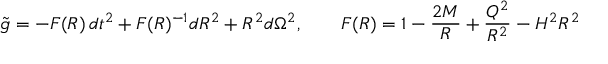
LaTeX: \tilde { g } = - { \cal F } ( R ) \, d t ^ { 2 } + { \cal F } ( R ) ^ { - 1 } d R ^ { 2 } + R ^ { 2 } d \Omega ^ { 2 } , \qquad { \cal F } ( R ) = 1 - \frac { 2 M } { R } + \frac { Q ^ { 2 } } { R ^ { 2 } } - H ^ { 2 } R ^ { 2 }